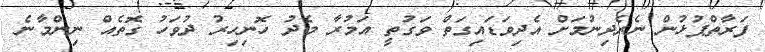
ފަރާތްޕުޅުން ނެރެދިނުމަށް އެދިވަޑައިގަތް ވަގުތީ އަމުރާ މެދު ހޮނިހިރު ދުވަހު ގޮތެއް ނިންމާނެ